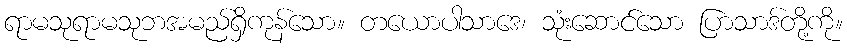
ရာမသုရာမသုဘအမည်ရှိကုန်သော။ တယောပါသာဒေ၊ သုံးဆောင်သော ပြာသာဒ်တို့ကို။